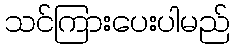
သင်ကြားပေးပါမည်